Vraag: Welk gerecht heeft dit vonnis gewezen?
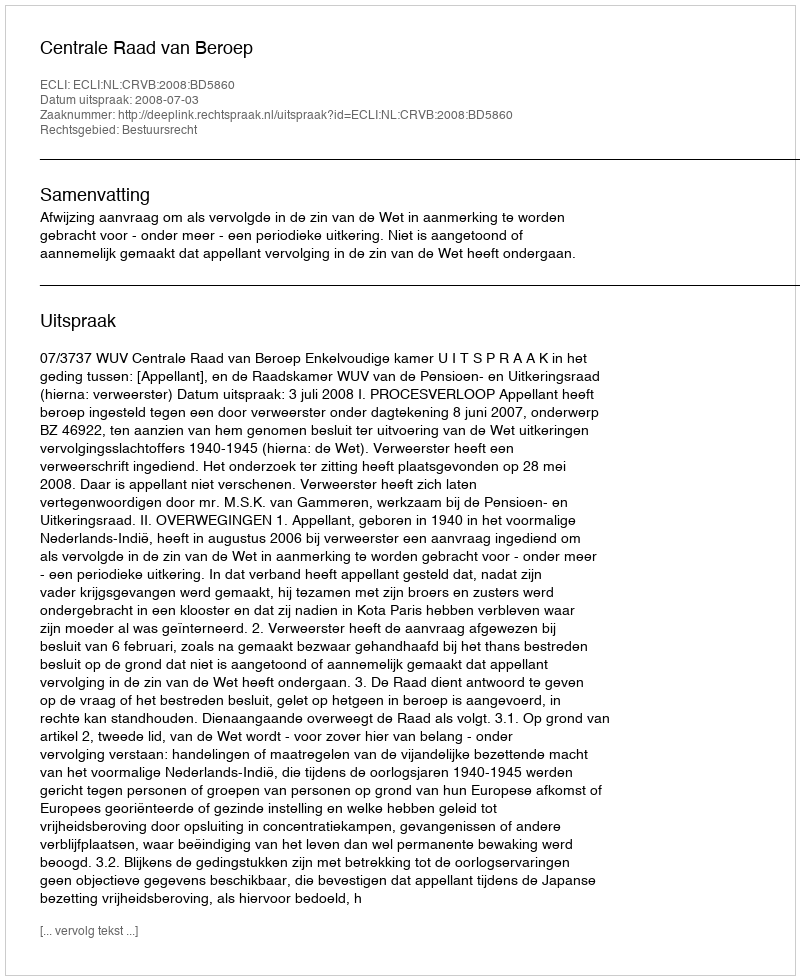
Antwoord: Centrale Raad van Beroep